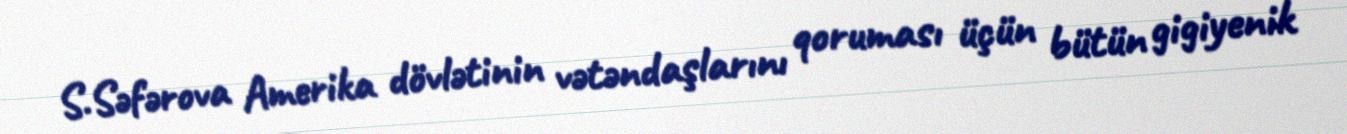
S.Səfərova Amerika dövlətinin vətəndaşlarını qoruması üçün bütün gigiyenik